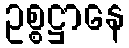
ဥစ္စဋ္ဌာနေ